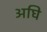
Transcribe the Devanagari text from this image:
अघि